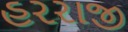
હરરાજી